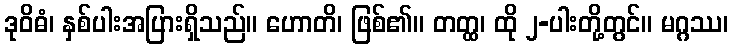
ဒုဝိဓံ၊ နှစ်ပါးအပြားရှိသည်။ ဟောတိ၊ ဖြစ်၏။ တတ္ထ၊ ထို ၂-ပါးတို့တွင်။ မဂ္ဂဿ၊